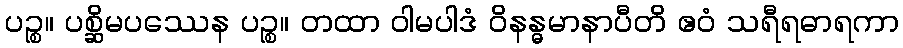
ပဉ္စ။ ပစ္ဆိမပဿေန ပဉ္စ။ တထာ ဝါမပါဒံ ဝိနန္ဓမာနာပီတိ ဧဝံ သရီရဓာရကာ